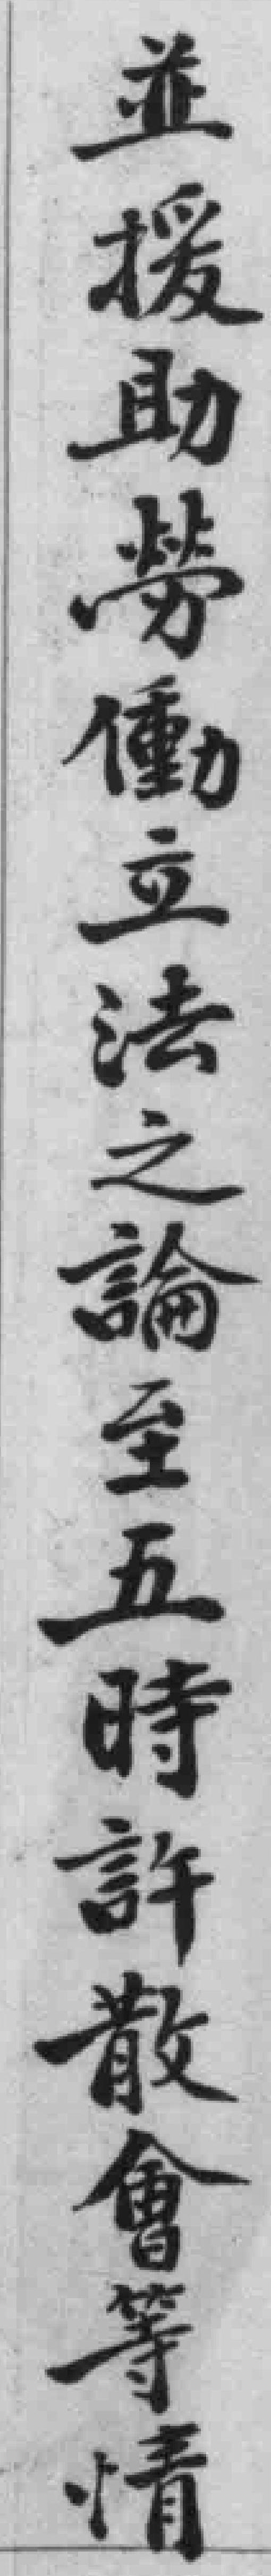
並援助勞衝立法之論至五時許散會等情